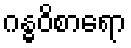
ဂန္ဓဝိစာရော